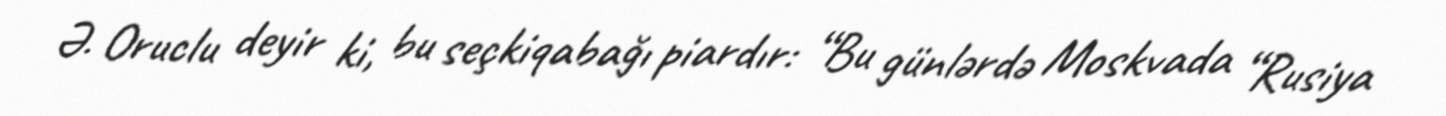
Ə. Oruclu deyir ki, bu seçkiqabağı piardır: “Bu günlərdə Moskvada “Rusiya